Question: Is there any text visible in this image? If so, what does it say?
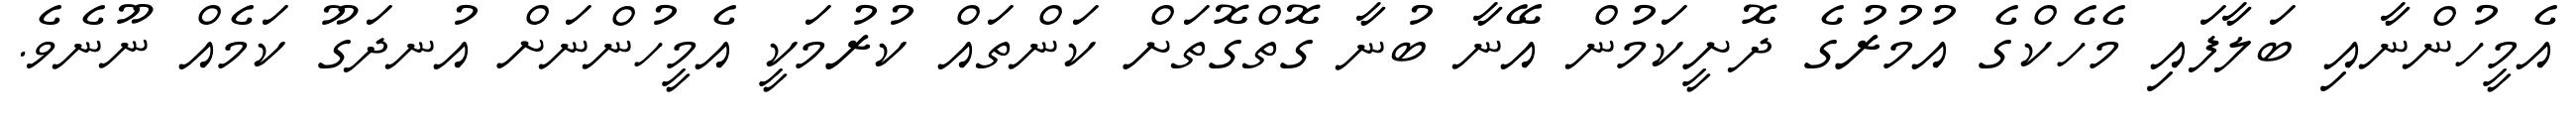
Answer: އެމީހުންނާއި ބަލާފައި މެހެކްގެ އުމުރުގެ ދޮށީކަމުން އޭނާ ބުނާ ގޮތްގޮތަށް ކަންތައް ކުރުމަކީ އެމީހުންނަށް އުނދަގޫ ކަމެއް ނޫނެވެ.